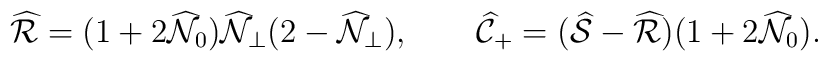
\widehat{\cal R} = (1 + 2\widehat{\cal N}_0)\widehat{\cal N}_\perp(2 - \widehat{\cal N}_\perp),\qquad\widehat{\cal C}_+ = (\widehat{\cal S} - \widehat{\cal R}) ( 1 + 2\widehat{\cal N}_0 ).